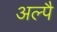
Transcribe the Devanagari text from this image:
अल्पै